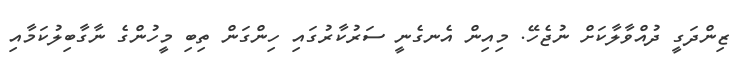
ޒިންދަގީ ދުއްވާލާކަށް ނުޖެހޭ. މިއިން އެނގެނީ ސަރުކާރުގައި ހިންގަން ތިބި މީހުންގެ ނާގާބިލުކަމާއި